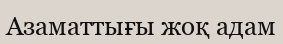
Азаматтығы жоқ адам